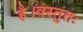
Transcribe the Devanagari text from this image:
है।वस्तुतः